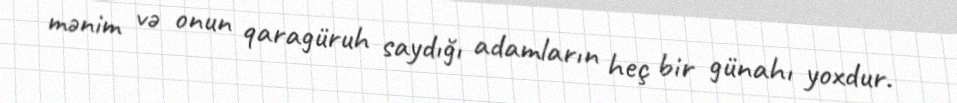
mənim və onun qaragüruh saydığı adamların heç bir günahı yoxdur.